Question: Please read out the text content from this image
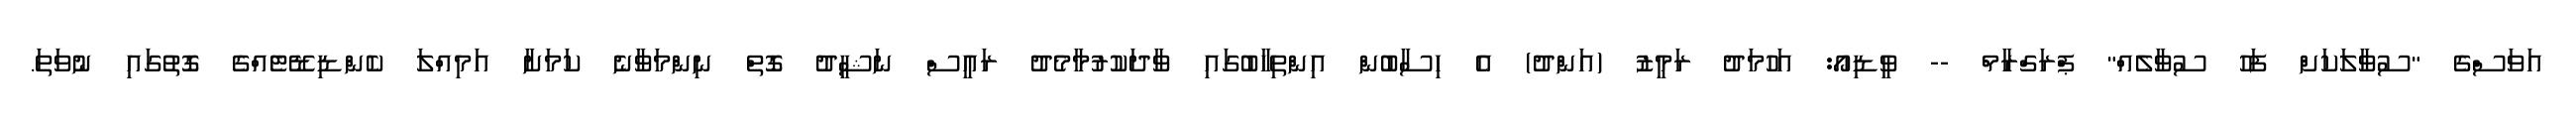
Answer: އަވަސްގެ "ސުވާލަކަށް ފަހު ސުވާލެއް" ޕްރަގްރާމް -- ވީޑިއޯ: އަހުމަދު ރަމީޒު (އަންދު) އެ ހިސާބުން އިންތިހާބުގައި ވާދަކުރުމާމެދު ރައީސް ނަޝީދު ގޮތް ނިންމަވާނެ ކަމަށާ އަމިއްލަ ކެންޑިޑޭޓެއްގެ ގޮތުގައި ނުވަތަ.